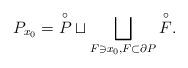
LaTeX: \begin{align*}P_{x_0}=\overset{\circ}{P}\sqcup\bigsqcup_{F\ni x_0, F\subset\partial P}\overset{\circ}{F}. \end{align*}